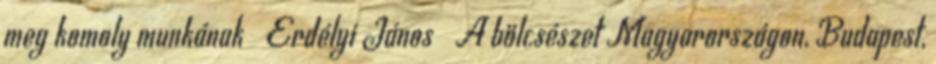
meg komoly munkánakː Erdélyi Jánosː A bölcsészet Magyarországon, Budapest,